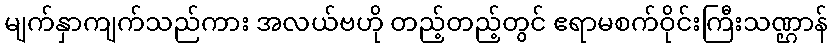
မျက်နှာကျက်သည်ကား အလယ်ဗဟို တည့်တည့်တွင် ဧရာမစက်ဝိုင်းကြီးသဏ္ဌာန်